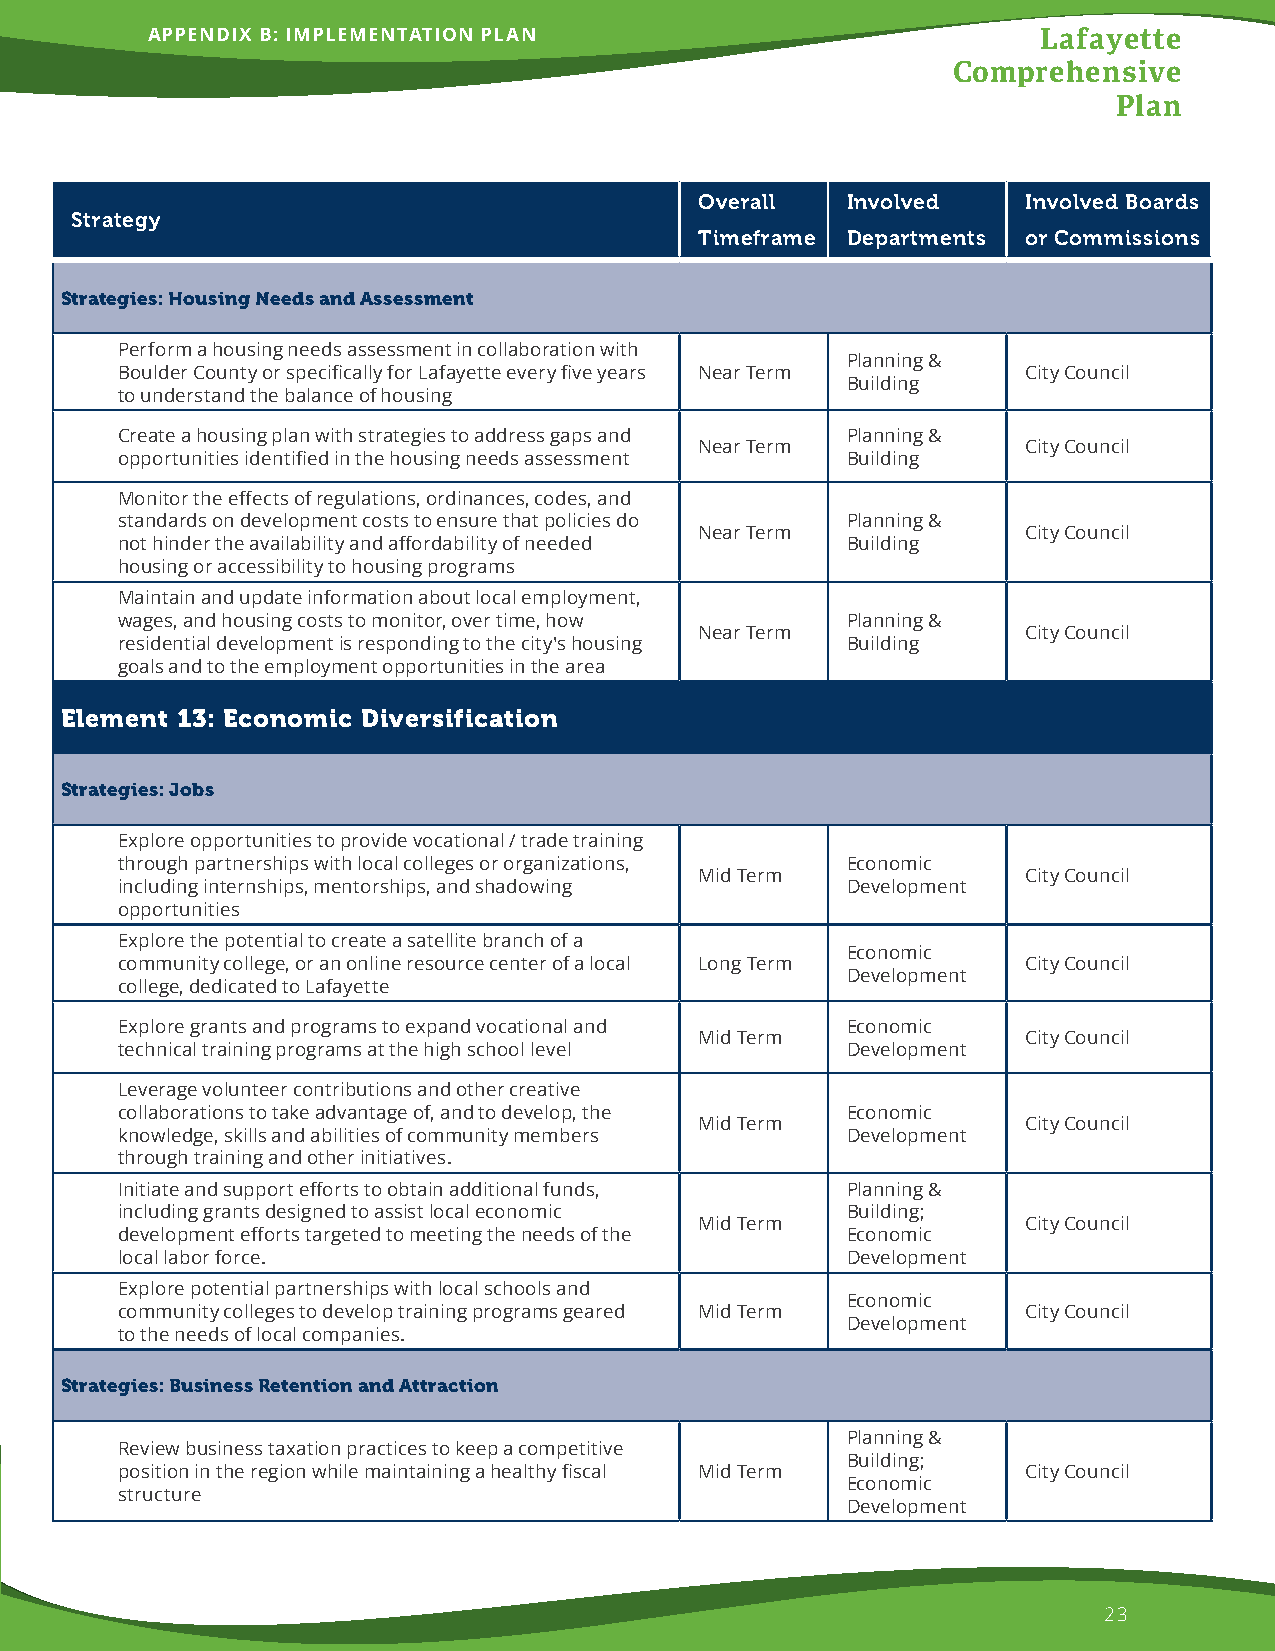
APPENDIX B: IMPLEMENTATION PLAN                            Lafayette
 Comprehensive
 Plan
 Overall   Involved    Involved Boards
 Strategy
 Timeframe Departments or Commissions
 Strategies: Housing Needs and Assessment
 Perform a housing needs assessment in collaboration with
 Planning &
 Boulder County or specifically for Lafayette every five years Near Term City Council
 Building
 to understand the balance of housing
 Create a housing plan with strategies to address gaps and Planning &
 Near Term             City Council
 opportunities identified in the housing needs assessment Building
 Monitor the effects of regulations, ordinances, codes, and
 standards on development costs to ensure that policies do Planning &
 Near Term             City Council
 not hinder the availability and affordability of needed Building
 housing or accessibility to housing programs
 Maintain and update information about local employment,
 wages, and housing costs to monitor, over time, how Planning &
 Near Term             City Council
 residential development is responding to the city's housing Building
 goals and to the employment opportunities in the area
 Element 13: Economic Diversification
 Strategies: Jobs
 Explore opportunities to provide vocational / trade training
 through partnerships with local colleges or organizations, Economic
 Mid Term              City Council
 including internships, mentorships, and shadowing Development
 opportunities
 Explore the potential to create a satellite branch of a
 Economic
 community college, or an online resource center of a local Long Term City Council
 Development
 college, dedicated to Lafayette
 Explore grants and programs to expand vocational and Economic
 Mid Term              City Council
 technical training programs at the high school level Development
 Leverage volunteer contributions and other creative
 collaborations to take advantage of, and to develop, the Economic
 Mid Term              City Council
 knowledge, skills and abilities of community members Development
 through training and other initiatives.
 Initiate and support efforts to obtain additional funds, Planning &
 including grants designed to assist local economic Building;
 Mid Term              City Council
 development efforts targeted to meeting the needs of the Economic
 local labor force.                              Development
 Explore potential partnerships with local schools and
 Economic
 community colleges to develop training programs geared Mid Term City Council
 Development
 to the needs of local companies.
 Strategies: Business Retention and Attraction
 Planning &
 Review business taxation practices to keep a competitive
 Building;
 position in the region while maintaining a healthy fiscal Mid Term City Council
 Economic
 structure
 Development
 23